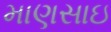
માણસાઇ